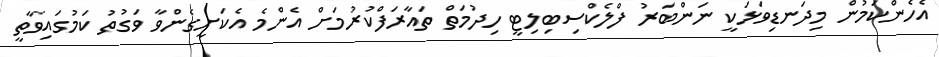
އެހެންކަމުން މިދަނޑިވަޅަކީ ނަންބަރު ފްލެކްސިބިލިޓީ ހިދުމަތް ތައާރަފްކުރުމަށް އެންމެ އެކަށީގެންވާ ވަގުތު ކަމުގައިވާތީ